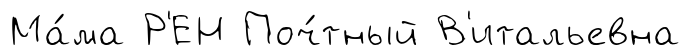
Ма́ма Р'ЕН Поч́тный В'итальевна